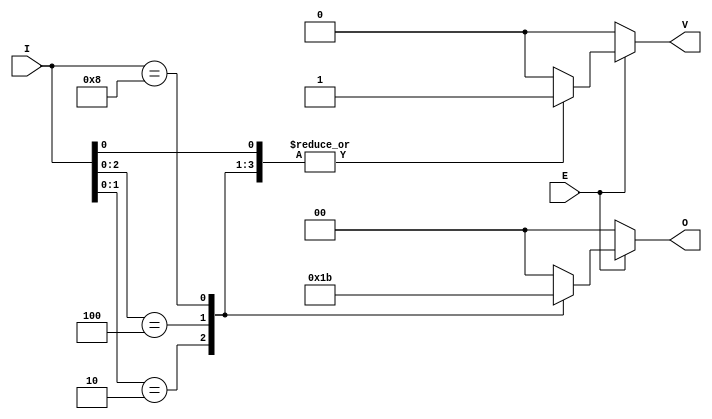
module dual_priority_encoder #(
    parameter N = 4   // Number of inputs (I0 to I(N-1))
) (
    input wire [N-1:0] I,  // n inputs
    input wire E,          // Enable signal
    output reg [1:0] O,    // 2-bit binary output
    output reg V           // Valid signal
);

    always @(*) begin
        // Initialize outputs
        O = 2'b00;         // default output (invalid state)
        V = 1'b0;          // default valid signal

        if (E) begin
            // Check for the highest priority active input
            casez (I)
                4'b???1: begin O = 2'b00; V = 1'b1; end // I0 active
                4'b??10: begin O = 2'b01; V = 1'b1; end // I1 active
                4'b?100: begin O = 2'b10; V = 1'b1; end // I2 active
                4'b1000: begin O = 2'b11; V = 1'b1; end // I3 active
                // Additional cases can be added for more inputs
                default: ; // If none active, do nothing
            endcase
        end
    end

endmodule